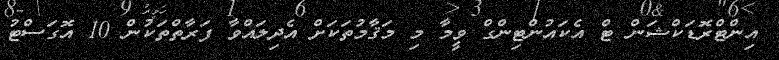
އިންޓްރޮޑަކްޝަން ޓް އެކައުންޓިންގް ވީމާ މި މަޤާމުތަކަށް އެދިލައްވާ ފަރާތްތަކުން 10 އޮގަސްޓު